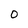
Character: 0